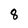
Character: 8